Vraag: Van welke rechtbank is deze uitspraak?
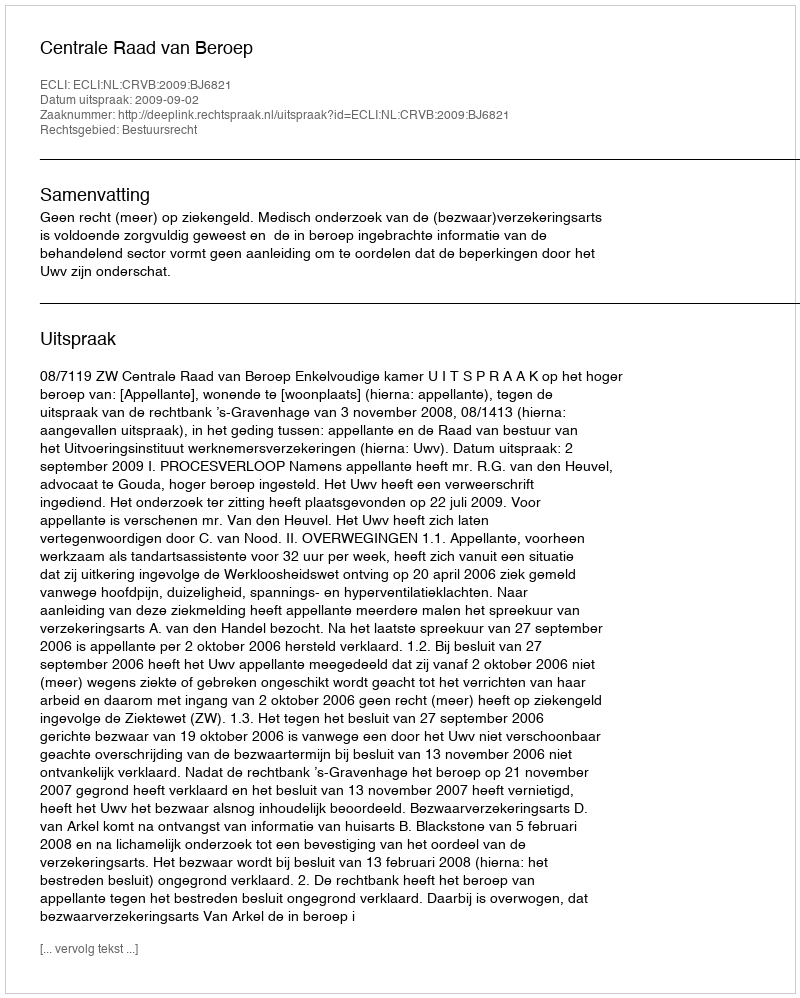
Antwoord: Centrale Raad van Beroep